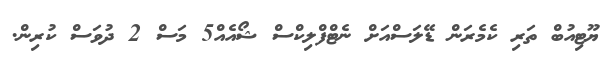
ޔޫޓިއުބް ތަރި ކެމެރަން ޑޭލަސްއަށް ނެޓްފްލިކްސް ޝޯއެއް5 މަސް 2 ދުވަސް ކުރިން.